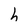
Character: h